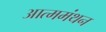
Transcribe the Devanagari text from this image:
आत्ममंथन